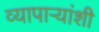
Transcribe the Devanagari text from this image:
व्यापार्‍यांशी